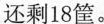
还剩18筐。